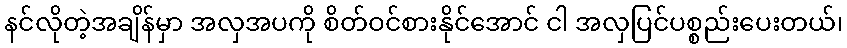
နင်လိုတဲ့အချိန်မှာ အလှအပကို စိတ်ဝင်စားနိုင်အောင် ငါ အလှပြင်ပစ္စည်းပေးတယ်၊